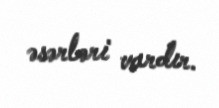
əsərləri vardır.